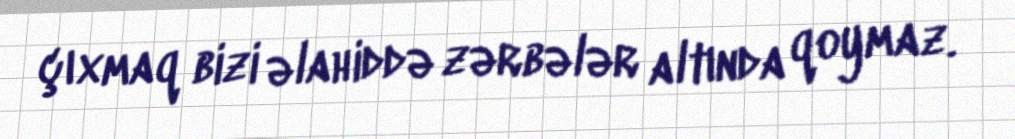
çıxmaq bizi əlahiddə zərbələr altında qoymaz.